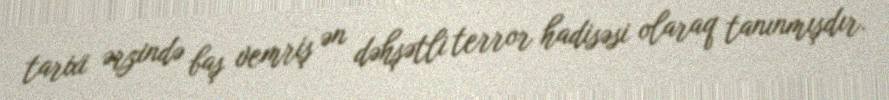
tarixi ərzində baş vemriş ən dəhşətli terror hadisəsi olaraq tanınmışdır.